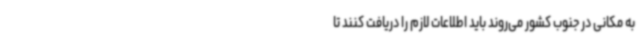
به مکانی در جنوب کشور می‌روند باید اطلاعات لازم را دریافت کنند تا